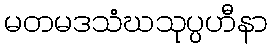
မတမဒသံဃသုပ္ပဟီနာ